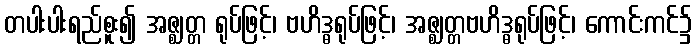
တပါးပါးရည်စူး၍ အဇ္ဈတ္တ ရုပ်ဖြင့်၊ ဗဟိဒ္ဓရုပ်ဖြင့်၊ အဇ္ဈတ္တဗဟိဒ္ဓရုပ်ဖြင့်၊ ကောင်းကင်၌